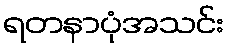
ရတနာပုံအသင်း